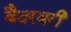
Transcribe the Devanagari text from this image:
वैदरबरी